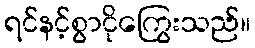
ရင်နင့်စွာငိုကြွေးသည်။